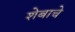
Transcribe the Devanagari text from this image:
शेबाचे